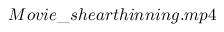
M o v i e \_ s h e a r t h i n n i n g . m p 4